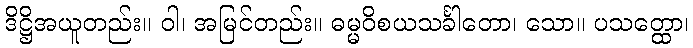
ဒိဋ္ဌိအယူတည်း။ ဝါ၊ အမြင်တည်း။ ဓမ္မဝိစယသင်္ခါတော၊ သော။ ပသတ္ထော၊